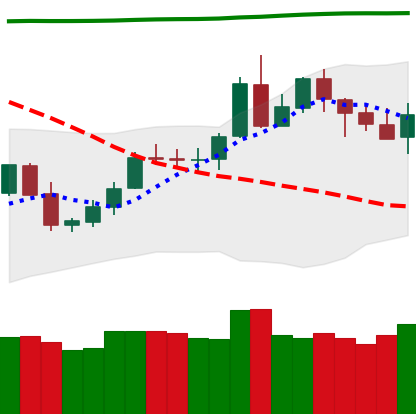
Ticker: LTC-USD
Chart end date: 2020-05-07
Forward return: -11.025%
Label: down_7plus